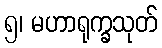
၅၊ မဟာရုက္ခသုတ်